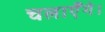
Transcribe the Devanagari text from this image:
चलाएँगे।